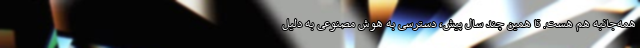
همه‌جانبه هم هست. تا همین چند سال پیش، دسترسی به هوش مصنوعی به دلیل